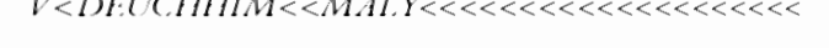
V<DEUCHHIM<<MALY<<<<<<<<<<<<<<<<<<<<